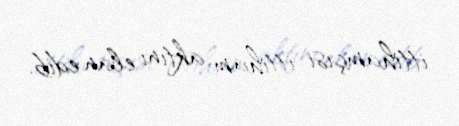
ittihamçısı ittiham aktını elan edib.